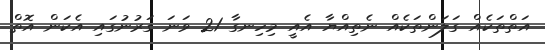
އަތްތަކެއް ގަލަންތަކެއް ނެތިއްޔާ އެއީ މިހިނގާ 21 ވަނަ ގަރުނުގައި އެކަން އޮތް